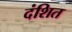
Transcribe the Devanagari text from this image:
दंशित